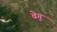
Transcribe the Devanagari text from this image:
वेगु